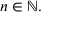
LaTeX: n \in \mathbb { N } .